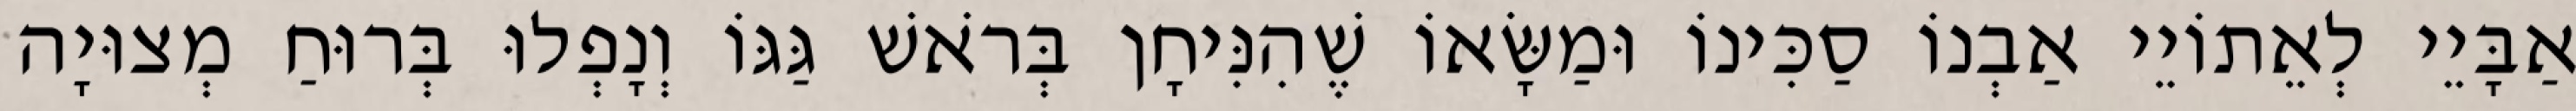
אַבָּיֵי לְאֵתוֹיֵי אַבְנוֹ סַכִּינוֹ וּמַשָּׂאוֹ שֶׁהִנִּיחָן בְּרֹאשׁ גַּגּוֹ וְנָפְלוּ בְּרוּחַ מְצוּיָה